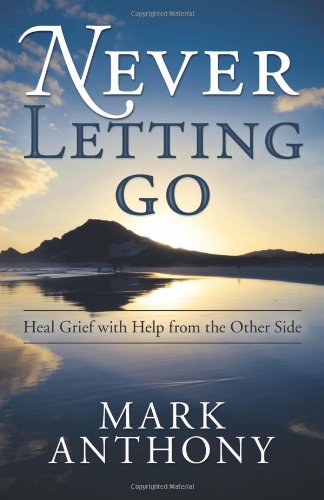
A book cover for Never Letting Go: Heal Grief with Help from the Other Side; Mark Anthony; Religion & Spirituality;